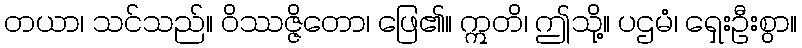
တယာ၊ သင်သည်။ ဝိဿဇ္ဇိတော၊ ဖြေ၏။ ဣတိ၊ ဤသို့။ ပဌမံ၊ ရှေးဦးစွာ။